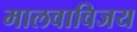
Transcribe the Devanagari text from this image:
मालवाविजय